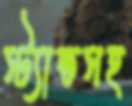
স্ট্যান্ডসহ